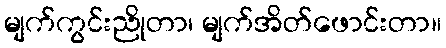
မျက်ကွင်းညိုတာ၊ မျက်အိတ်ဖောင်းတာ။